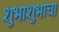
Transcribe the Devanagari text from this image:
शुभाशुभाचा